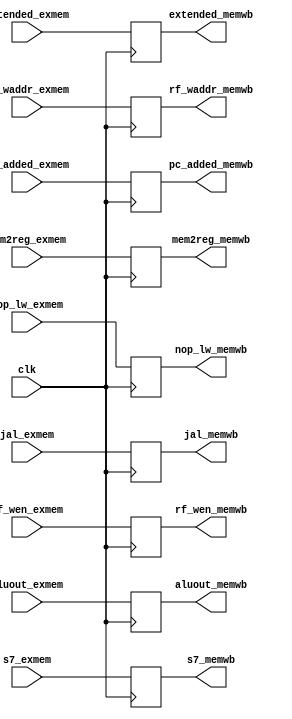
//instruction fetch stage
module mem_wb(clk, s7_exmem, rf_wen_exmem, 
mem2reg_exmem, rf_waddr_exmem, aluout_exmem, extended_exmem, 
rf_wen_memwb, mem2reg_memwb, rf_waddr_memwb, aluout_memwb, extended_memwb, s7_memwb,
nop_lw_exmem, nop_lw_memwb,/*, nop_sw_exmem, nop_sw_memwb */
pc_added_exmem, pc_added_memwb,
jal_exmem, jal_memwb
);
    input clk;
    input s7_exmem;
    input rf_wen_exmem;
    input mem2reg_exmem;
    input [3:0] rf_waddr_exmem;
    input [15:0] aluout_exmem;
    input [15:0] extended_exmem;
    input [15:0] pc_added_exmem;
    input jal_exmem;
    
    input nop_lw_exmem;
    //input  nop_sw_exmem;
    output nop_lw_memwb;
    //output nop_sw_memwb;
    output rf_wen_memwb;
    output mem2reg_memwb;
    output s7_memwb;
    output [3:0] rf_waddr_memwb;
    output [15:0] aluout_memwb;
    output [15:0] extended_memwb;
    output [15:0] pc_added_memwb;
    output jal_memwb;
    //output reg lhb_llb_control_memwb;
    reg rf_wen_memwb_temp;
    reg mem2reg_memwb_temp;
    reg [3:0] rf_waddr_memwb_temp;
    reg [15:0] aluout_memwb_temp;
    reg [15:0] extended_memwb_temp;
    reg s7_memwb_temp;
    reg nop_lw_temp;
    reg [15:0] pc_added_temp;
    reg jal_temp;
    //reg nop_sw_temp;
    
    always @ (posedge clk)
        begin
        rf_wen_memwb_temp <= rf_wen_exmem;
        mem2reg_memwb_temp <= mem2reg_exmem;
        rf_waddr_memwb_temp <= rf_waddr_exmem;
        aluout_memwb_temp <= aluout_exmem;
        s7_memwb_temp <= s7_exmem;
        extended_memwb_temp <= extended_exmem;
        nop_lw_temp <= nop_lw_exmem;
        //nop_sw_temp <= nop_sw_exmem;
        pc_added_temp <= pc_added_exmem;
        jal_temp <= jal_exmem;
        end
    
    assign rf_wen_memwb = rf_wen_memwb_temp;
    assign mem2reg_memwb = mem2reg_memwb_temp;
    assign rf_waddr_memwb = rf_waddr_memwb_temp;
    assign aluout_memwb = aluout_memwb_temp;
    assign s7_memwb = s7_memwb_temp;
    assign extended_memwb = extended_memwb_temp;
    assign nop_lw_memwb = nop_lw_temp;
    assign pc_added_memwb = pc_added_temp;
    //assign nop_sw_memwb = nop_sw_temp;
    assign jal_memwb = jal_temp;
         

endmodule